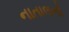
નાતાલનો